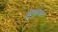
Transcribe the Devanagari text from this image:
झुळूक